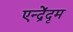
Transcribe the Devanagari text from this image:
एन्द्रेंदृम